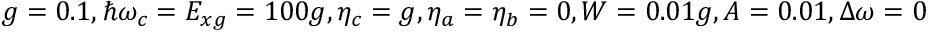
g = 0 . 1 , \hbar \omega _ { c } = E _ { x g } = 1 0 0 g , \eta _ { c } = g , \eta _ { a } = \eta _ { b } = 0 , W = 0 . 0 1 g , A = 0 . 0 1 , \Delta \omega = 0